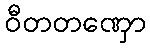
ဝီတတဏှော